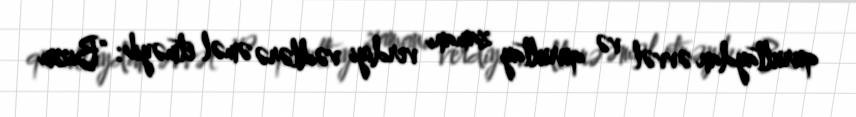
qurultaydan əvvəl və qurultay zamanı verdiyi vədlərə əməl etməyib: “Bizim